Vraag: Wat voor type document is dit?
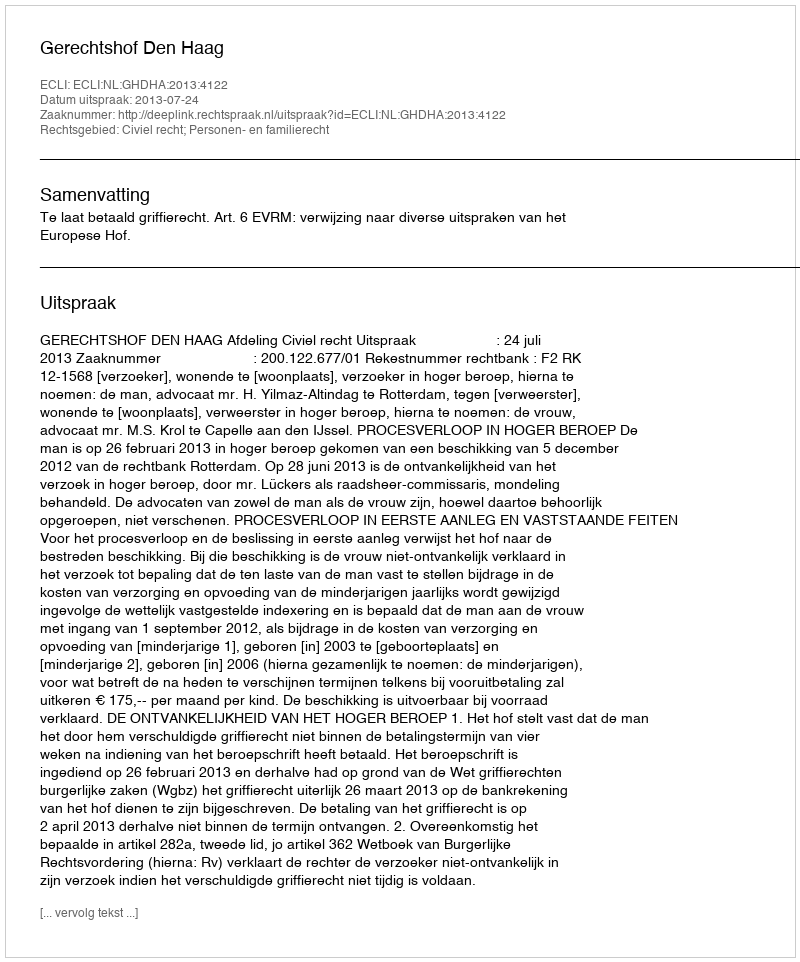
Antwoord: Uitspraak